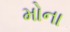
મોના